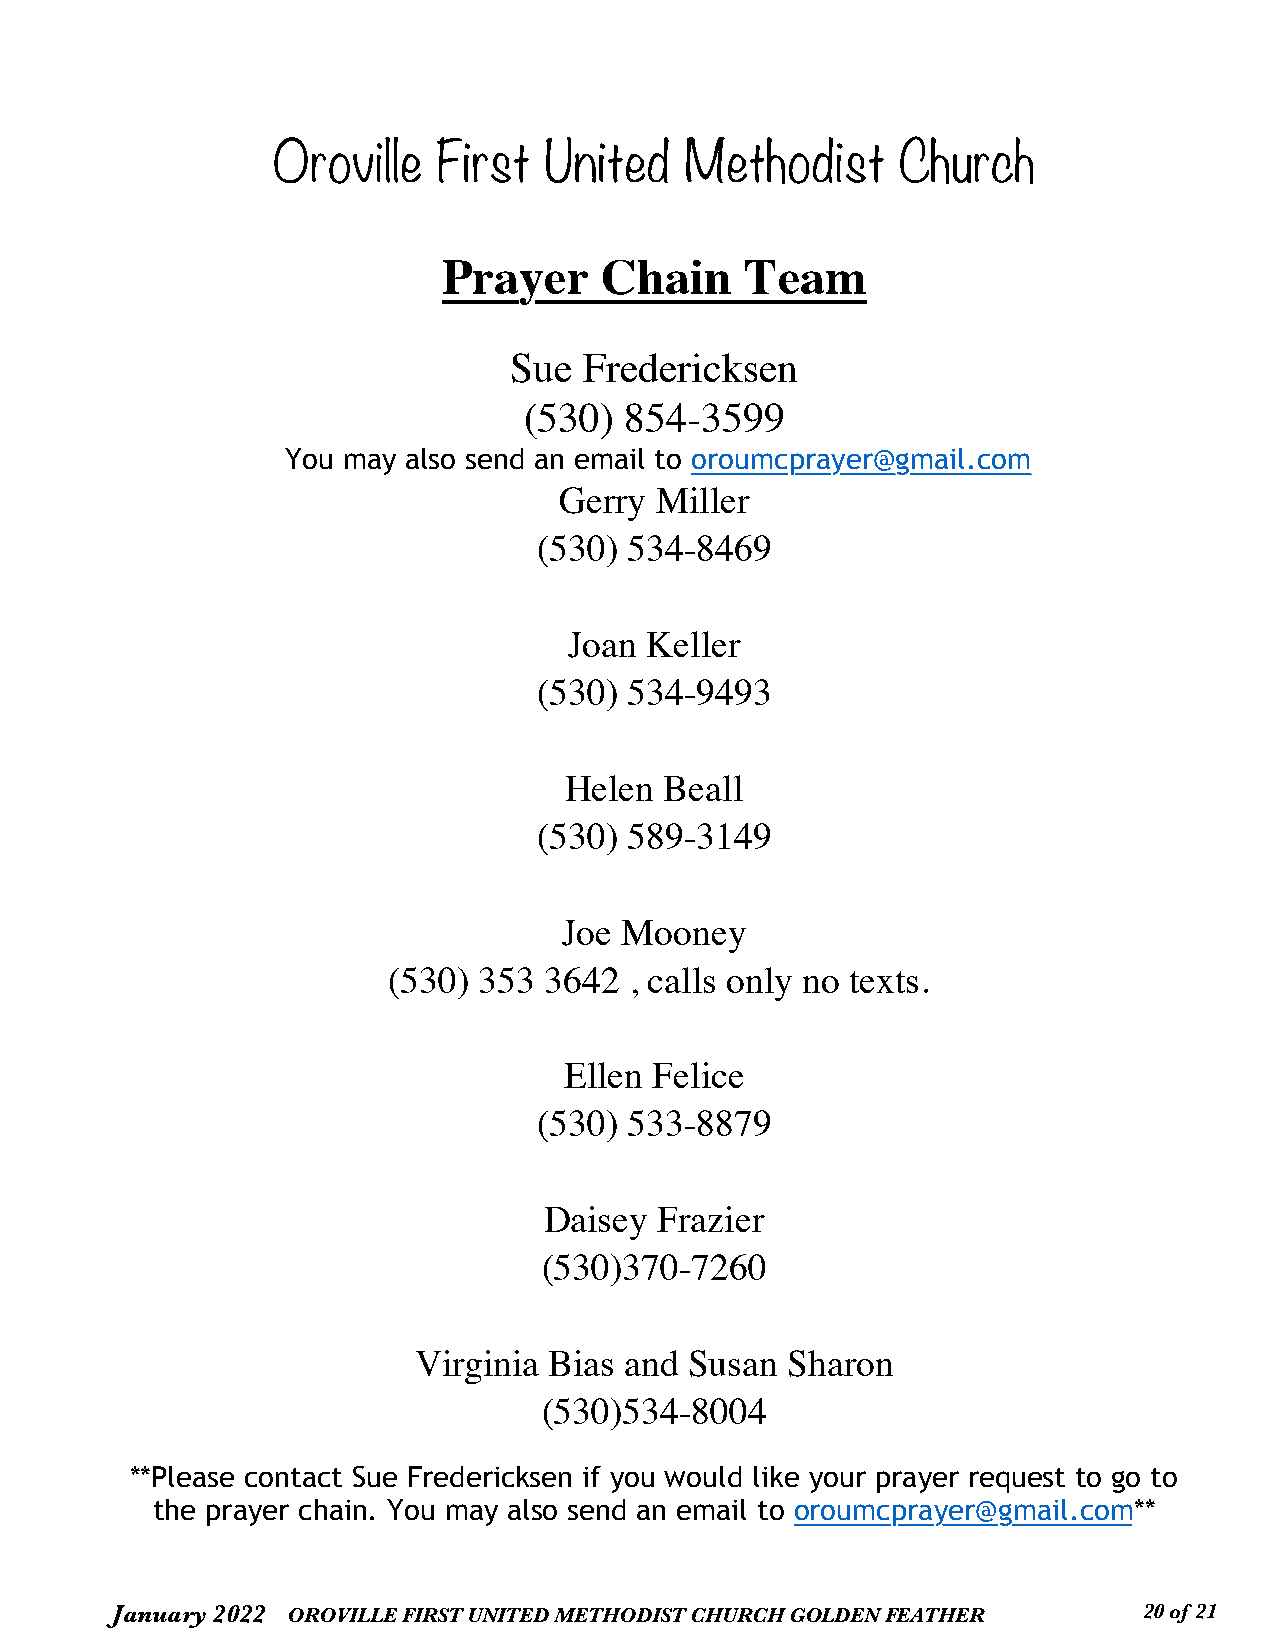
Oroville   First  United   Methodist      Church
 Prayer     Chain    Team
 Sue  Fredericksen
 (530) 854-3599
 You may also send an email to oroumcprayer@gmail.com
 Gerry Miller
 (530) 534-8469
 Joan Keller
 (530) 534-9493
 Helen  Beall
 (530) 589-3149
 Joe Mooney
 (530) 353 3642  , calls only no texts.
 Ellen Felice
 (530) 533-8879
 Daisey  Frazier
 (530)370-7260
 Virginia Bias and  Susan Sharon
 (530)534-8004
 **Please contact Sue Fredericksen if you would like your prayer request to go to
 the prayer chain. You may also send an email to oroumcprayer@gmail.com**
 January 2022 OROVILLE FIRST UNITED METHODIST CHURCH GOLDEN FEATHER   2 0 of 21